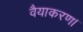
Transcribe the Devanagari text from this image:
वैयाकरण।